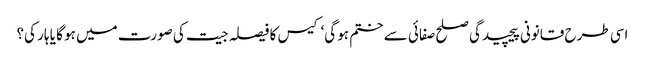
اسی طرح قانونی پیچیدگی صلح صفائی سے ختم ہو گی‘ کیس کا فیصلہ جیت کی صورت میں ہو گا یا ہار کی؟